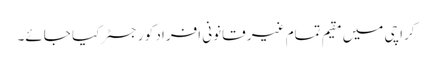
کراچی میں مقیم تمام غیر قانونی افراد کو رجسٹر کیا جائے۔